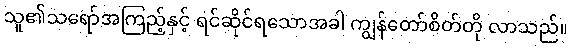
သူ၏သရော်အကြည့်နှင့် ရင်ဆိုင်ရသောအခါ ကျွန်တော်စိတ်တို လာသည်။